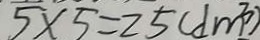
5 \times 5 = 2 5 ( d m ^ { 3 } )